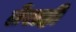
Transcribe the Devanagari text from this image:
तेराही